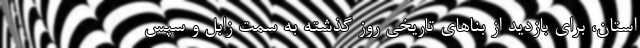
استان، برای بازدید از بناهای تاریخی روز گذشته به‌ سمت زابل و سپس